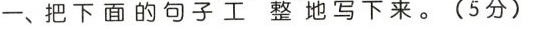
一、把下面的句子公正地写下来。（5分）